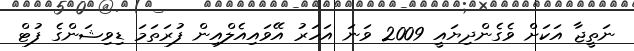
ނަތީޖާ އަކަށް ވެގެންދިޔައީ 2009 ވަނަ އަހަރު އޭވައިއެލްއިން ފުރަތަމަ ޑިވިޝަންގެ ފުޓް